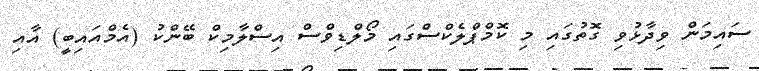
ސައިމަން ވިދާޅުވި ގޮތުގައި މި ކޮމްޕްލެކްސްގައި މޯލްޑިވްސް އިސްލާމިކް ބޭންކު (އެމްއައިބީ) އާއި